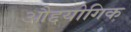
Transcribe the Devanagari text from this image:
औद्दयोगिक